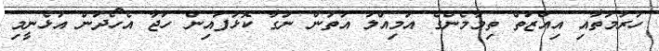
ހުރުމަތާއި އިއްޒަތް ތިމާމެންގެ އަމިއްލަ އަތުން ނަގާ ކޮޅުފައިން ހަޖާ އެހޯދަން އުޅެނީމި